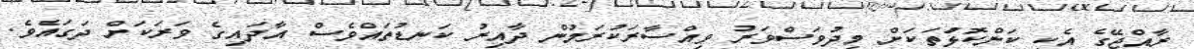
ރާއްޖޭގެ އެކި ކަންކޮޅުަތަކަށް މިދުވަސްވަރު ވިއްސާރަކުރަމުން ދާއިރު ކަނޑުތައްވެސް އާދައިގެ ވަރަކަށް ދަގައެވެ.